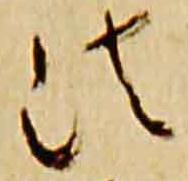
法